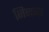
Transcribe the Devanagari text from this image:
निनजा